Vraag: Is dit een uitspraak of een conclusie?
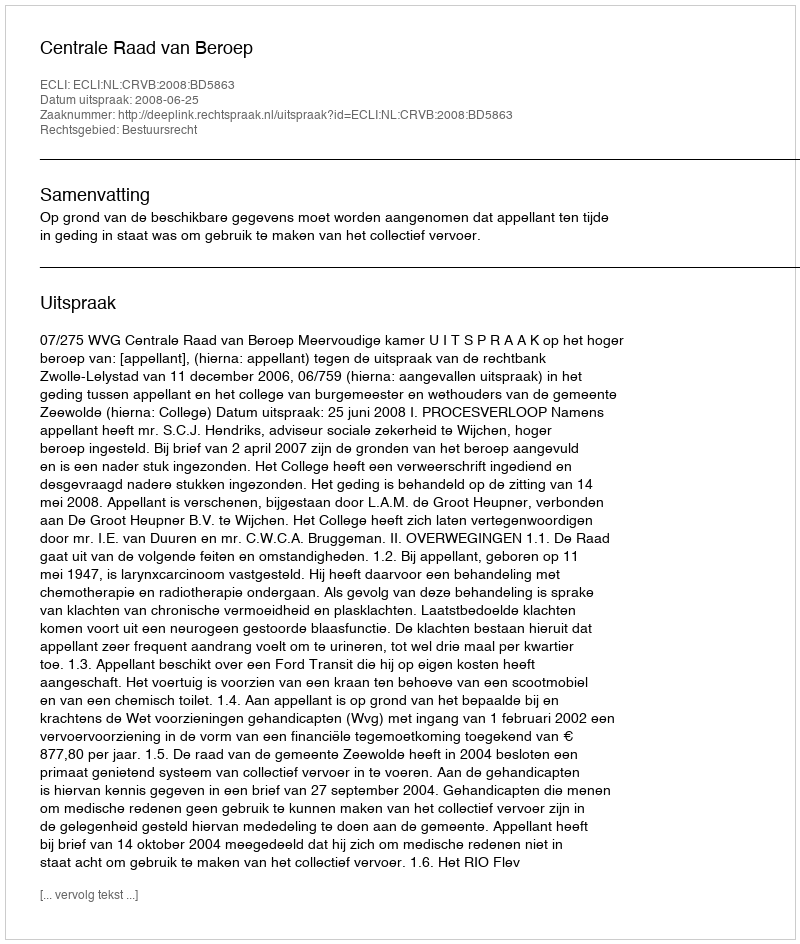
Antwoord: Uitspraak